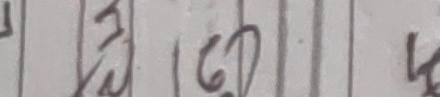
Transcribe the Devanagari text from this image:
नै ६०